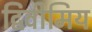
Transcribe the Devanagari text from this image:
द्विवीमिय